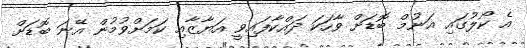
އެ ކޯލުގައި އަނުމް ބޮޑަށް ވާހަކަ ދައްކާފައިވީ އަޔާޒާއި ކަމަށްވުމުން އޭނަ ބޮޑަށް